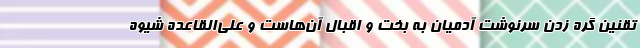
تقنین گره زدن سرنوشت آدمیان به بخت و اقبال آن‌هاست و علی‌القاعده شیوه